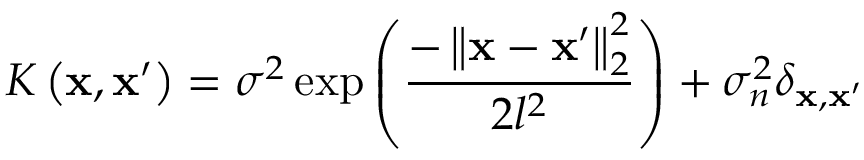
K \left( \mathbf { x } , \mathbf { x } ^ { \prime } \right) = \sigma ^ { 2 } \exp \left( \frac { - \left\| \mathbf { x } - \mathbf { x } ^ { \prime } \right\| _ { 2 } ^ { 2 } } { 2 l ^ { 2 } } \right) + \sigma _ { n } ^ { 2 } \delta _ { \mathbf { x } , \mathbf { x } ^ { \prime } }